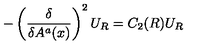
- \left( \frac { \delta } { \delta A ^ { a } ( x ) } \right) ^ { 2 } U _ { R } = C _ { 2 } ( R ) U _ { R }